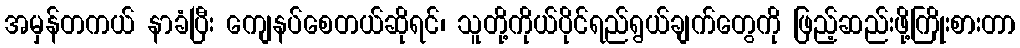
အမှန်တကယ် နာခံပြီး ကျေနပ်စေတယ်ဆိုရင်၊ သူတို့ကိုယ်ပိုင်ရည်ရွယ်ချက်တွေကို ဖြည့်ဆည်းဖို့ကြိုးစားတာ